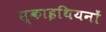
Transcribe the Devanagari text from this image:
स्काइथियनों